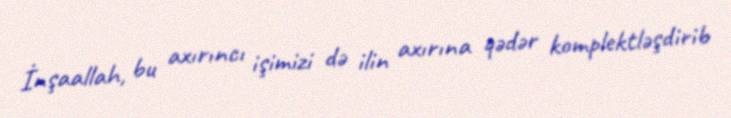
İnşaallah, bu axırıncı işimizi də ilin axırına qədər komplektləşdirib